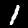
Label: 1